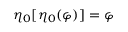
\eta _ { 0 } [ \eta _ { 0 } ( \varphi ) ] = \varphi